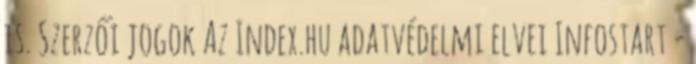
is. Szerzői jogok Az Index.hu adatvédelmi elvei Infostart -